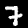
Label: 7